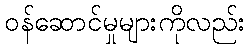
ဝန်ဆောင်မှုများကိုလည်း